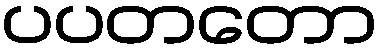
ပပတတော